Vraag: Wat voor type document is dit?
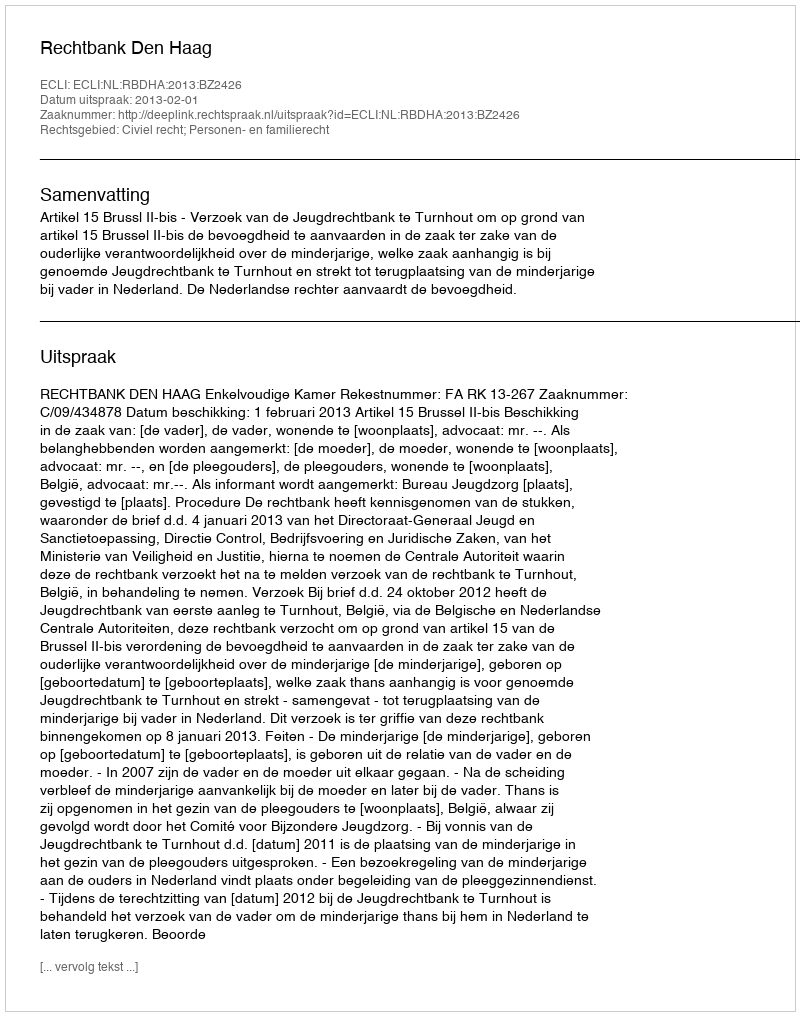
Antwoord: Uitspraak